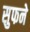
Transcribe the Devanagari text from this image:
सुफने